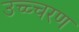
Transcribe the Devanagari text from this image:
उच्च्चरण